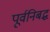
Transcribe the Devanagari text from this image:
पूर्वनिबद्ध